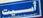
أسيت